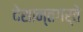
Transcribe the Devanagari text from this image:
देशान्तगर्ते